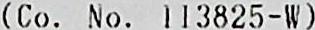
(CO. NO. 113825-W)